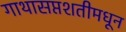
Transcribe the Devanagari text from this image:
गाथासप्तशतीमधून